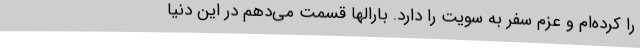
را کرده‌ام و عزم سفر به سویت را دارد. بارالها قسمت می‌دهم در این دنیا